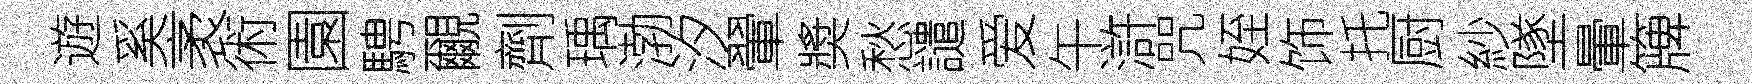
遊奚袤術園騁覼劑瑀渤汐翬奬愁譴爱午滸咒姪饰托厨紗墜暈簰